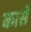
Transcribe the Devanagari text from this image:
कासें